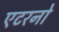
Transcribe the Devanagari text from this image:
एटरनो